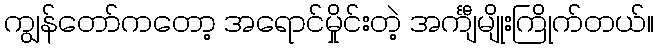
ကျွန်တော်ကတော့ အရောင်မှိုင်းတဲ့ အင်္ကျီမျိုးကြိုက်တယ်။